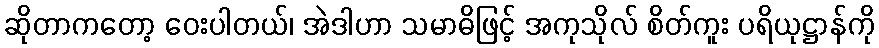
ဆိုတာကတော့ ဝေးပါတယ်၊ အဲဒါဟာ သမာဓိဖြင့် အကုသိုလ် စိတ်ကူး ပရိယုဋ္ဌာန်ကို